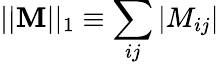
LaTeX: ||\mathbf{M}||_{1}\equiv\sum_{ij}|M_{ij}|